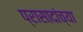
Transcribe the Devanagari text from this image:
प्रासादांच्या